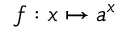
f : x \mapsto a ^ { x }